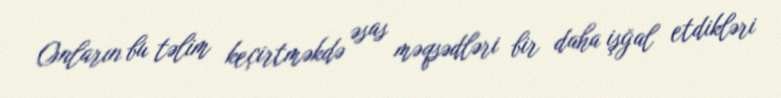
Onların bu təlim keçirtməkdə əsas məqsədləri bir daha işğal etdikləri